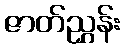
ဇာတ်ညွှန်း